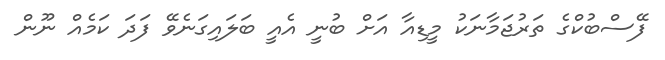
ފޭސްބުކްގެ ތަރުޖަމާނަކު މީޑިއާ އަށް ބުނީ އެއީ ބަލައިގަނެވޭ ފަދަ ކަމެއް ނޫން